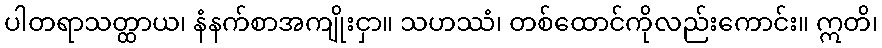
ပါတရာသတ္ထာယ၊ နံနက်စာအကျိုးငှာ။ သဟဿံ၊ တစ်ထောင်ကိုလည်းကောင်း။ ဣတိ၊